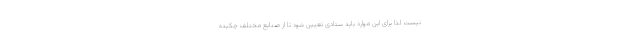
نیست لذا برای این موارد باید ستادی تعیین شود تا از صنایع مختلف چکیده